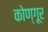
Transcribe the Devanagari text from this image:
कोण्गूर